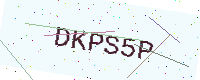
Text: DKPS5P